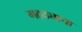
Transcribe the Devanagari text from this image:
गठ्ठ्याचा